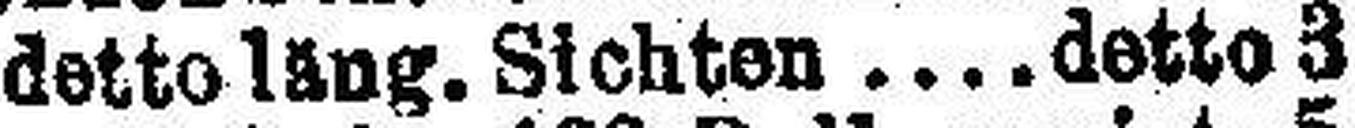
detto läng. Sichten  detto 3